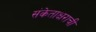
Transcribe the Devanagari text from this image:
संकेताक्षराची